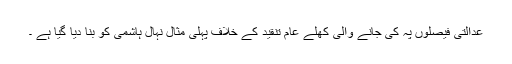
عدالتی فیصلوں پہ کی جانے والی کھلے عام تنقید کے خلاف پہلی مثال نہال ہاشمی کو بنا دیا گیا ہے ۔